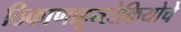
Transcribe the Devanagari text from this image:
ठिकाणाहून्टोकियोचे